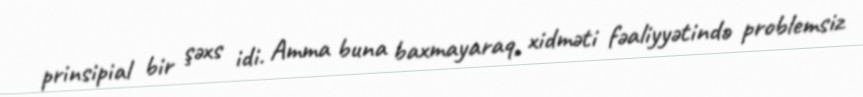
prinsipial bir şəxs idi. Amma buna baxmayaraq, xidməti fəaliyyətində problemsiz